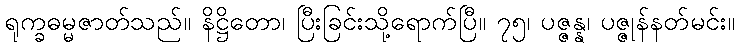
ရုက္ခဓမ္မဇာတ်သည်။ နိဋ္ဌိတော၊ ပြီးခြင်းသို့ရောက်ပြီ။ ၇၅၊ ပဇ္ဇန္န၊ ပဇ္ဇုန်နတ်မင်း။